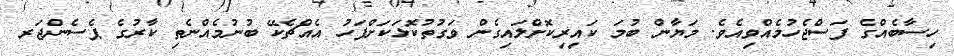
ހިސާބެއްގެ ފަސްޖެހުމެއްވިއެވެ. މަޔާން ބުމަ ކައިރިކޮށްލައިގެން ވަގުތުކޮޅަކަށްފަހު އެއްޗެކޭ ބުނުމެއްނެތި ކާރުގެ ޕެސެންޖަރ